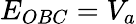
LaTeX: E_{OBC}=V_{a}